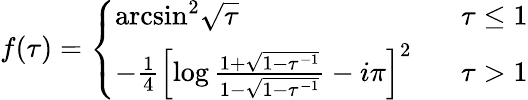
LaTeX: f(\tau)=\left\{ \begin{array}{ll}{{\mathrm{arcsin}^{2}\sqrt{\tau}}}&{{\tau\leq 1}}\\ {{-\frac{1}{4}\left[\log\frac{1+\sqrt{1-\tau^{-1}}}{1-\sqrt{1-\tau^{-1}}}-i\pi\right]^{2}\ \ \ }}&{{\tau>1}}\end{array}\right.